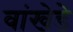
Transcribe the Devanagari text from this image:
वांखेडे